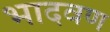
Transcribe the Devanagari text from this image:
भादवण